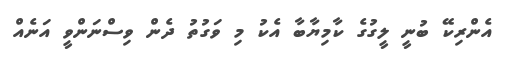
އެންރިކޭ ބުނީ ލީގުގެ ކާމިޔާބާ އެކު މި ވަގުތު ދެން ވިސްނަންވީ އަނެއް